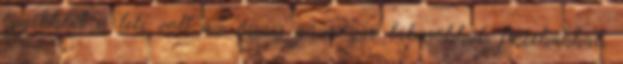
egyébként is tele volt az összes gázrózsa lábasokkal, fazekakkal,